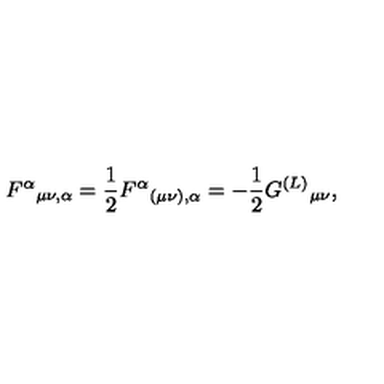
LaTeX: F ^ { \alpha } { } _ { \mu \nu , \alpha } = \frac { 1 } { 2 } F ^ { \alpha } { } _ { ( \mu \nu ) , \alpha } = - \frac { 1 } { 2 } G ^ { ( L ) } { } _ { \mu \nu } ,